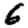
Digit: 6